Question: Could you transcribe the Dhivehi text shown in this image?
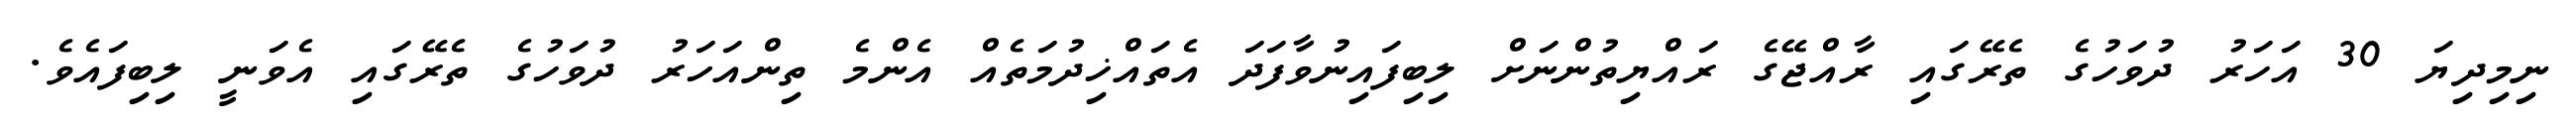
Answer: ނިމިދިޔަ 30 އަހަރު ދުވަހުގެ ތެރޭގައި ރާއްޖޭގެ ރައްޔިތުންނަށް ލިބިފައިނުވާފަދަ އެތައްޚިދުމަތެއް އެންމެ ތިންއަހަރު ދުވަހުގެ ތެރޭގައި އެވަނީ ލިބިފައެވެ.